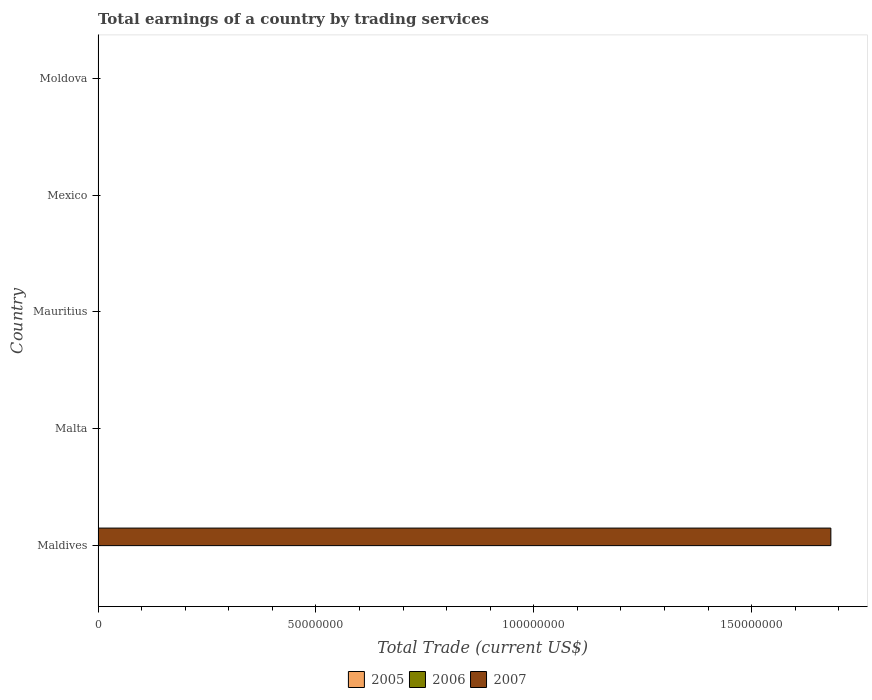
| Country | 2005 | 2006 | 2007 |
 | --- | --- | --- | --- |
 | Maldives | -3.84e+08 | -2.69e+08 | 1.68e+08 |
 | Malta | -3.2e+08 | -4e+08 | -1.12e+08 |
 | Mauritius | -3.76e+08 | -7.26e+08 | -7.82e+08 |
 | Mexico | -1.47e+10 | -1.4e+10 | -1.8e+10 |
 | Moldova | -1.21e+09 | -1.6e+09 | -2.32e+09 |